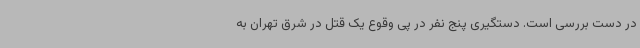
در دست بررسی است. دستگیری پنج نفر در پی وقوع یک قتل در شرق تهران به